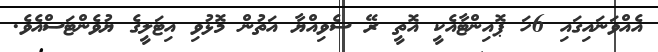
އެއްވަނައިގައި 6ހަ ޕޮއިންޓާއެކީ އޮތީ ރޭ ސެވިއްޔާ އަތުން މޮޅުވި އިޓަލީގެ ޔުވެންޓަސްއެވެ.